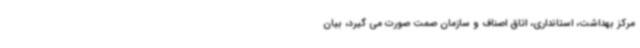
مرکز بهداشت، استانداری، اتاق اصناف و سازمان صمت صورت می گیرد، بیان